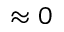
\approx 0